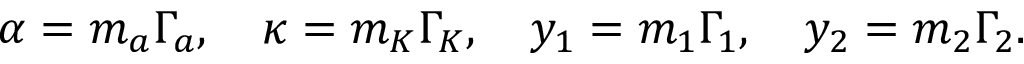
\alpha = m _ { a } \Gamma _ { a } , \quad \kappa = m _ { K } \Gamma _ { K } , \quad y _ { 1 } = m _ { 1 } \Gamma _ { 1 } , \quad y _ { 2 } = m _ { 2 } \Gamma _ { 2 } .